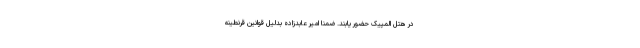
در هتل المپیک حضور یابند. ضمناً امیر عابدزاده بدلیل قوانین قرنطینه